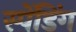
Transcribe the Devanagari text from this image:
स्पेंडिंग